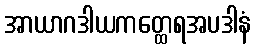
အာယာဂဒါယကတ္ထေရအပဒါနံ